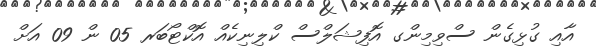
އާއި ގުޅިގެން ސްވިމިންގ އޮފިޝަލްސް ކްލިނިކެއް އޮކްޓޯބަރ 05 ން 09 އަށް